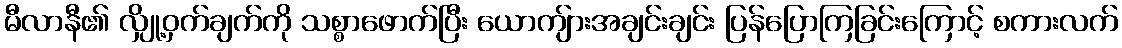
မီလာနီ၏ လျှို့ဝှက်ချက်ကို သစ္စာဖောက်ပြီး ယောကျ်ားအချင်းချင်း ပြန်ပြောကြခြင်းကြောင့် စကားလက်